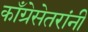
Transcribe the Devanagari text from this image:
काँग्रेसेतरांनी